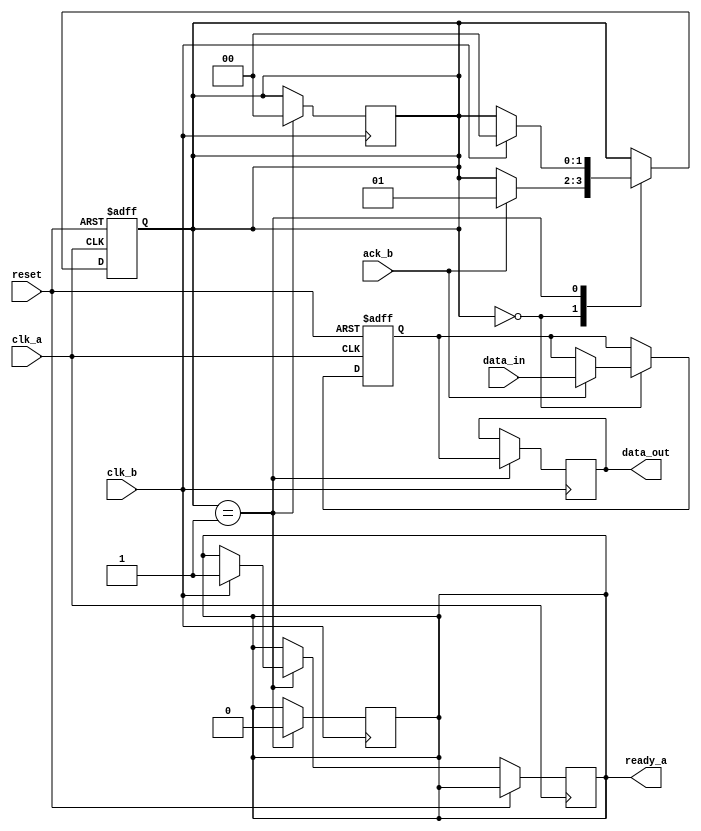
module synchronizer(
    input wire clk_a,
    input wire clk_b,
    input wire reset,
    input wire data_in,
    output reg data_out,
    output reg ready_a,
    input wire ack_b
);

reg synchronized_data;
reg [1:0] state;

always @(posedge clk_a or posedge reset) begin
    if (reset) begin
        synchronized_data <= 1'b0;
        state <= 2'b00;
    end else begin
        case (state)
            2'b00: begin // Waiting for data
                if (ack_b) begin
                    synchronized_data <= data_in;
                    state <= 2'b01;
                end
            end
            2'b01: begin // Data synchronized, waiting for acknowledgement
                if (clk_b) begin
                    ready_a <= 1'b1;
                    state <= 2'b00;
                end
            end
        endcase
    end
end

always @(posedge clk_b) begin
    if (state == 2'b01) begin
        data_out <= synchronized_data;
        ready_a <= 1'b0;
        state <= 2'b00;
    end
end

endmodule